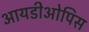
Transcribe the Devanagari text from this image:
आयडीओपिस